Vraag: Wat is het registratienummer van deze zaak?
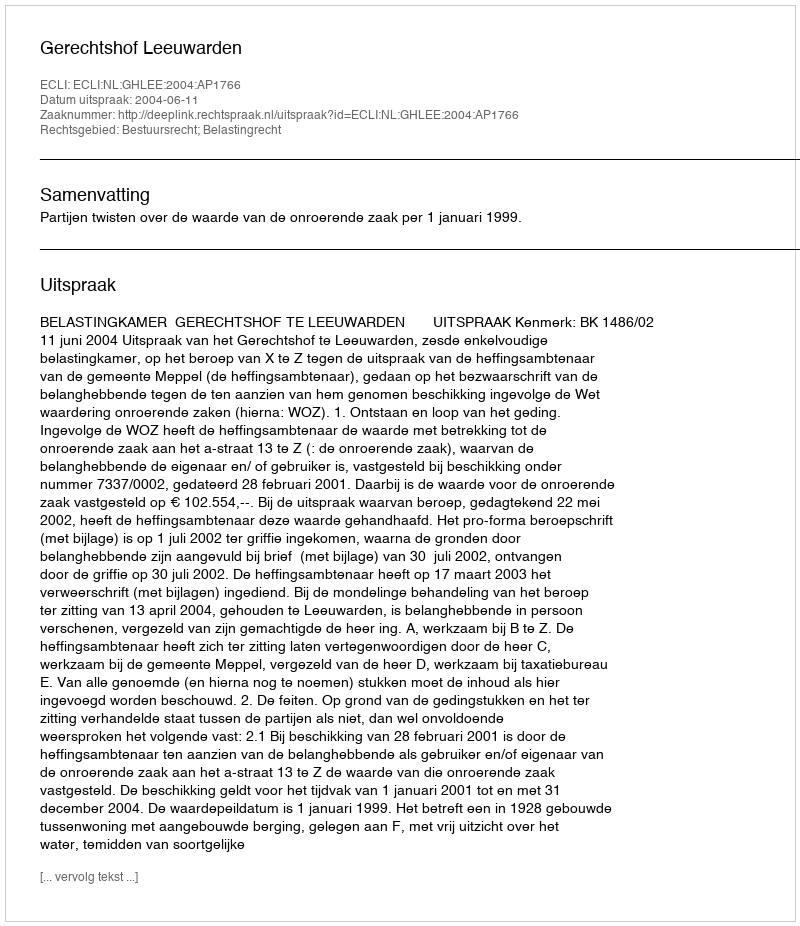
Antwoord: http://deeplink.rechtspraak.nl/uitspraak?id=ECLI:NL:GHLEE:2004:AP1766